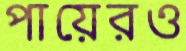
পায়েরও